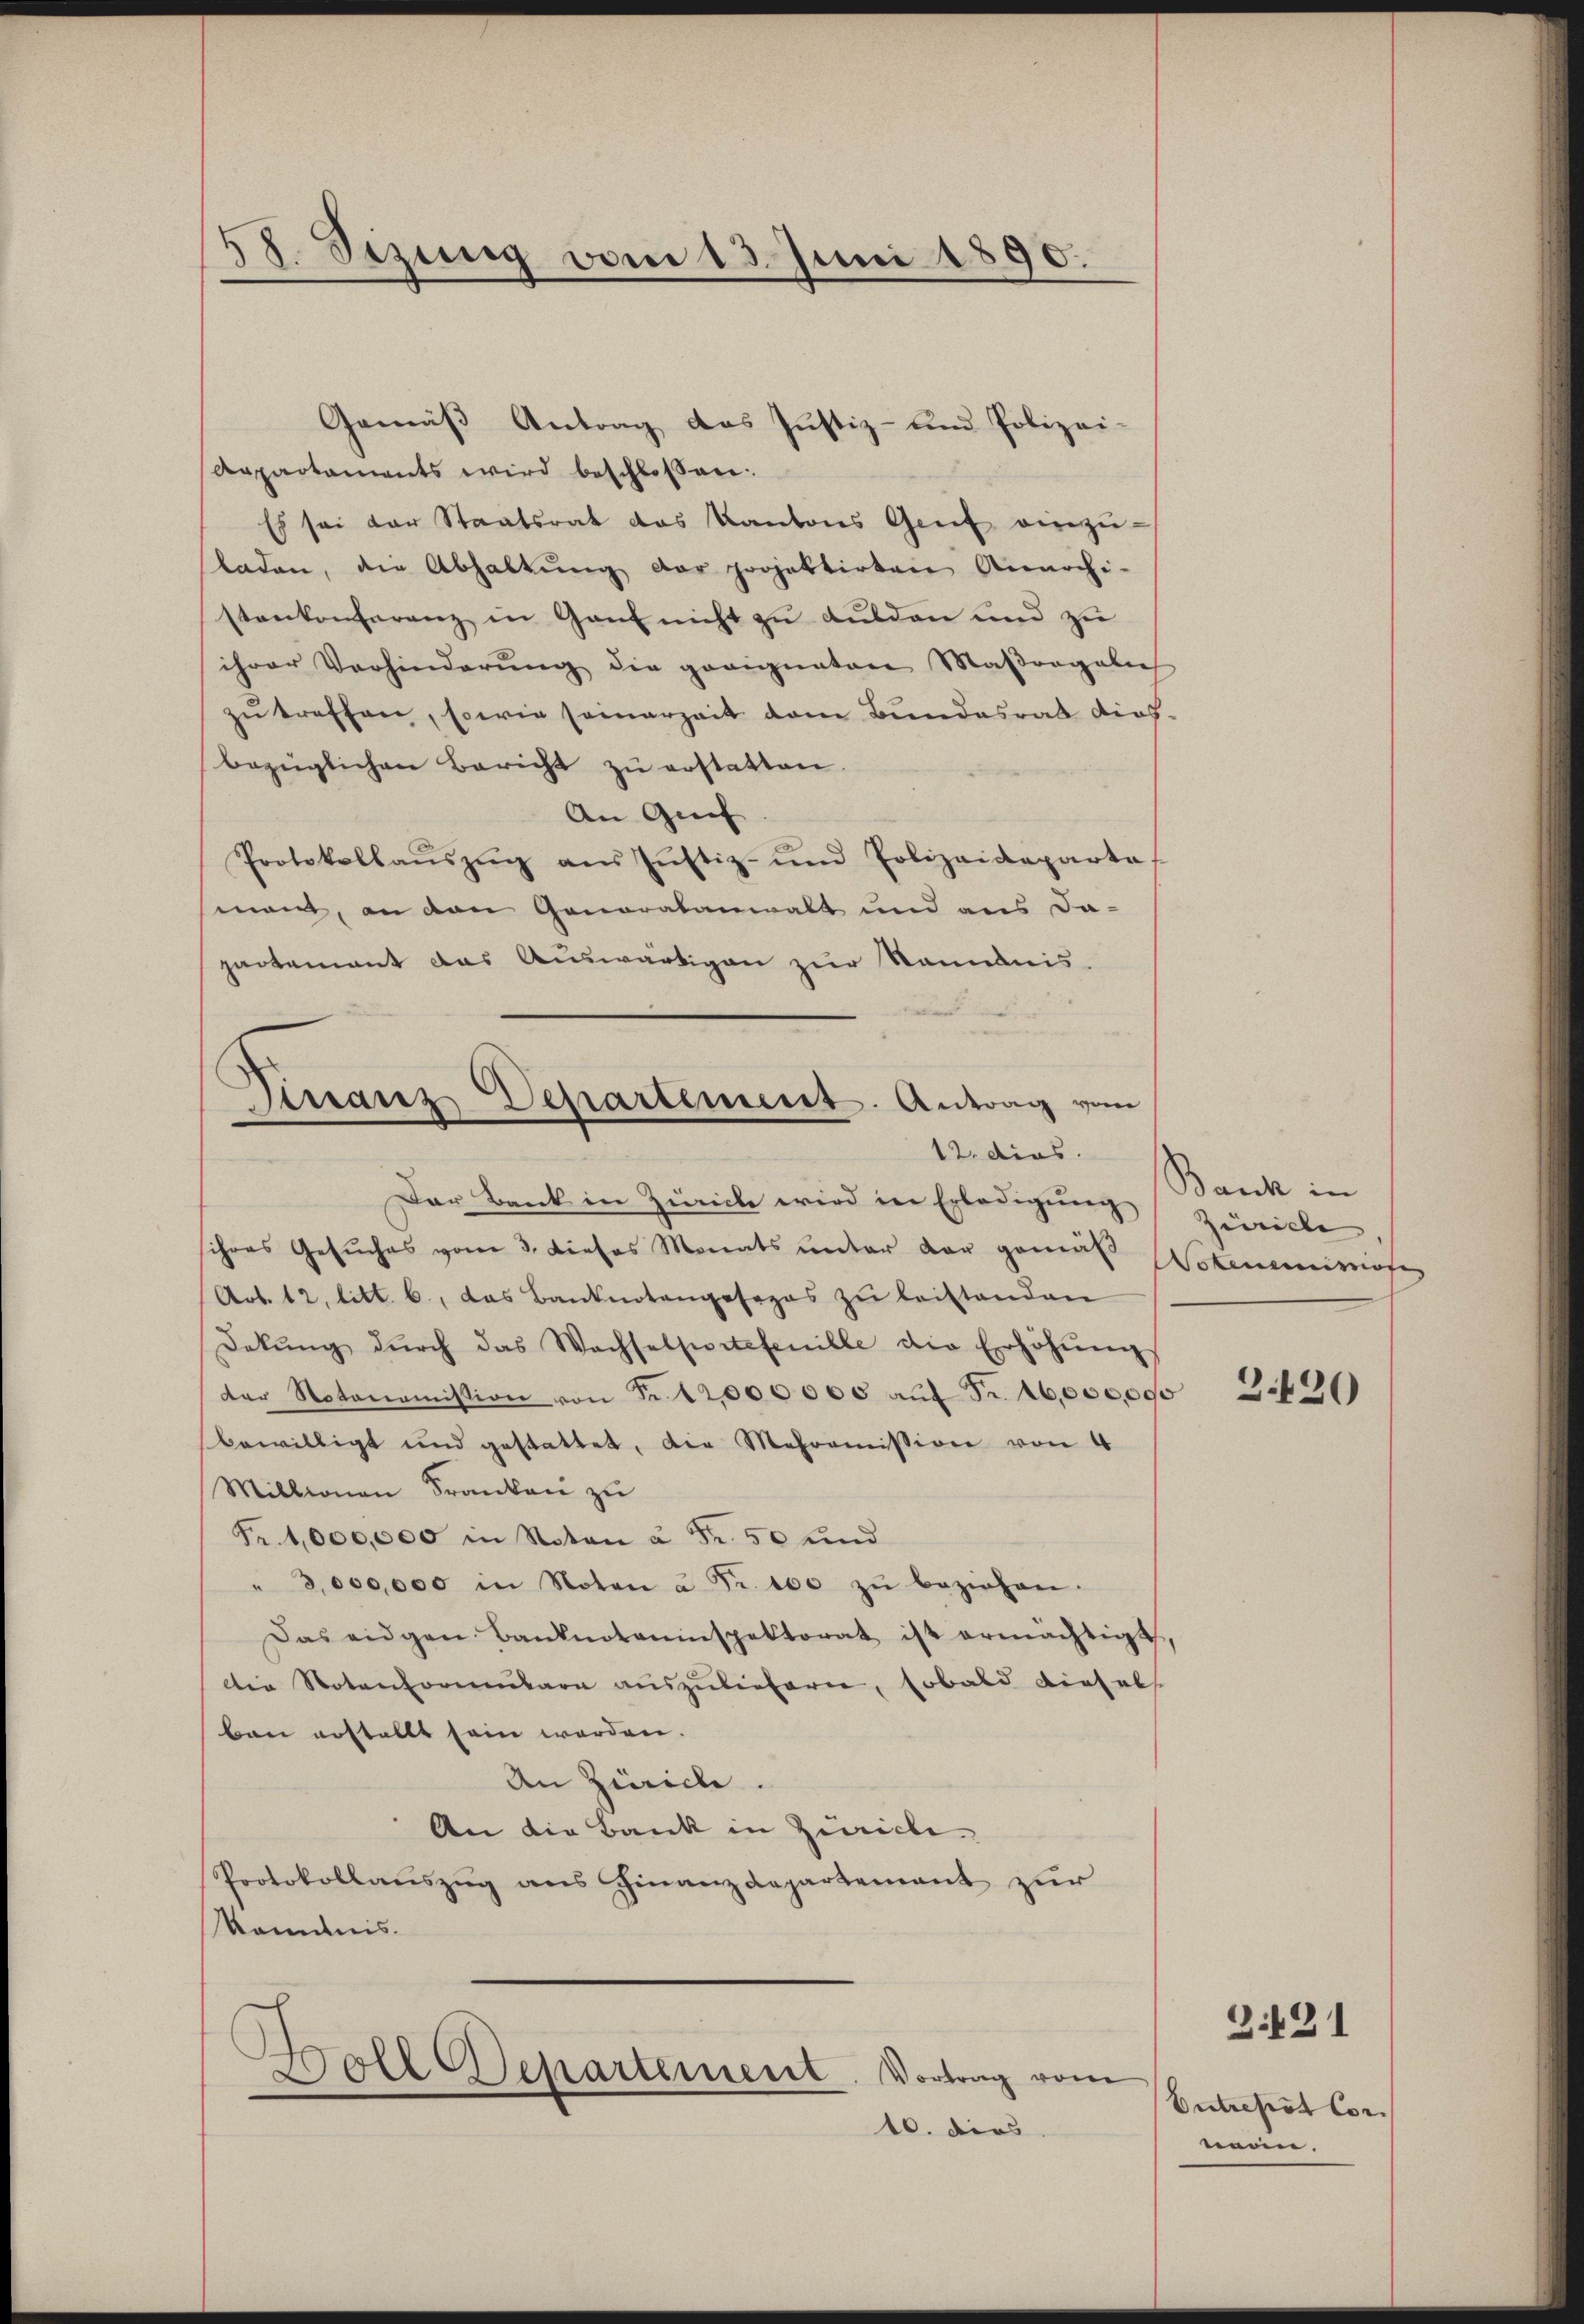
48. Sitzung vom 13. Juni 1890.

Gemäß Antrag das Justiz- und Polizei-
Arpartaments wird beschlossen:
Es sei der Staatsrat das Kantons Genf einzŭ-
laden, die Abhaltŭng der projektirten Annochi-
stenkonferenz in Gant nicht zu dulden und zu
ihrer Verhinderŭng die geeignaten Maßregelich
zŭ treffen, sowie seinerzeit dem Bundesrat dies-
bezüglichen Bericht zŭ erstatten.
An Gref
Protokollaŭszŭg ans Jŭstiz- und Polizeideparta
mant, an den Generalanwalt und aus da-
partement das Auswärtigen zur Kenntnis.
Vissanz Departement. Antrag vom

12. dies

Der Bank in Zürich wird in Erledigung Bank in
schons Gesuches vom 3. dieses Monats ŭnter der gemäß Wotenemingeg
Art. 12. litt. b., das Banknotengesezes zŭ leistanden
Dekŭng dŭrch das Wachselportefenille die Erhöhŭng
der Notonomission von Fr. 12,000000 aŭf Fr. 16,000,000
bewilligt und gestattet, die Mesooṁission von 4
Millionen Franken zu
Fr. 1,000,000 in Noton à Fr. 50 und
" 3,000,000 in Noten u Fr. 100 zŭ beziehen.
Das eidgen Banknoteninspektorat ist ermächtigt,
die Notenformenbare auszulieferen, sobald diesels
ben erstellt sein werden.
An Zürich.
An die Bank in Zürich
Protokollauszug aus Finanzdepartement zur
Kenntnis.

Dote Repartement
Vortrag vom
10. dies

Zürich |

3420

3.421

Intrepst Corman.